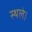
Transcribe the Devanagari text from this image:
स्थले।